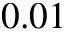
0 . 0 1